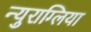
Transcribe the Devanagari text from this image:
न्युराग्लिया